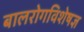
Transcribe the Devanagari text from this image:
बालरोगविशेषज्ञ